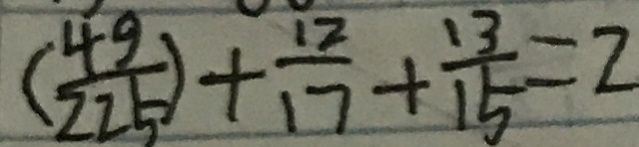
( \frac { 4 9 } { 2 2 5 } ) + \frac { 1 2 } { 1 7 } + \frac { 1 3 } { 1 5 } = 2